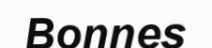
Bonnes